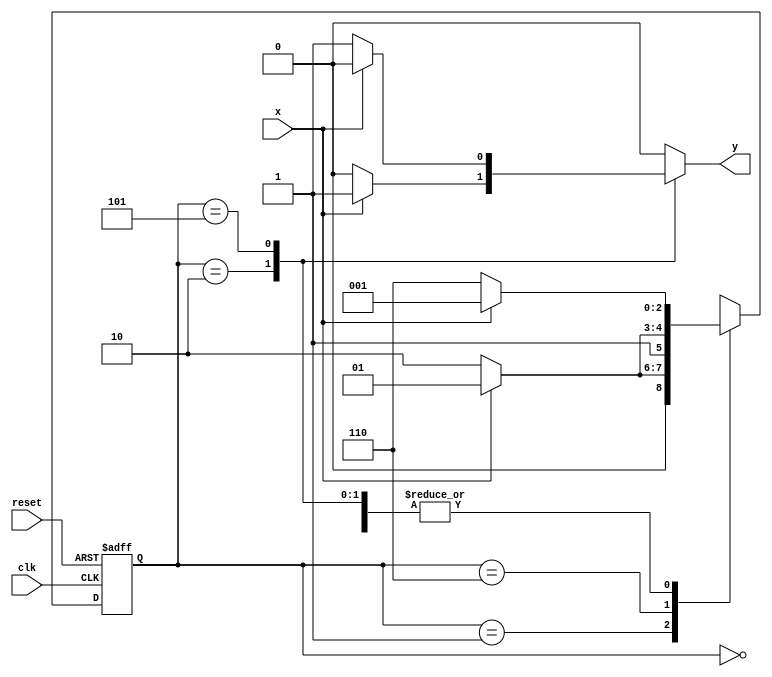
//----------------------------
// Nome: Silvino Henrique Santos de Souza
// Matrcula: 412773
//----------------------------


//----------------------------
//------ Guia 10 - 05---------
//----------------------------

// --------------------
// ----  101 ou 010 ---
// --------------------


// constant definitions
`define found    1
`define notfound 0

// FSM by Mealy
module exercicio05_seq101_010 ( y, x, clk, reset );

	output y;
	input  x;
	input  clk;
	input  reset;

	reg    y;

	parameter         // state identifiers 
		start  = 3'b000,
		id1    = 3'b001,
		id0    = 3'b110,
		id10   = 3'b010,
		id01   = 3'b101;

	reg [2:0] E1;	// current state variables
	reg [2:0] E2;	// next state logic output

	// next state logic
   always @( x or E1 )
		begin
		y = `notfound;

		case ( E1 )
			start:
				if ( x )
					E2 = id1;
				else
					E2 = id0;
				
			id1:
				if ( x )
					E2 = id1;
				else
					E2 = id10;

			id10:
				if ( x )
				begin
					E2 =  id1;
					y  = `found;
				end
				else
				begin
					E2 =  id0;
					y  = `notfound;
				end
			
			id0:
				if ( x )
					E2 = id01;
				else
					E2 = id0;

			id01:
				if ( x )
				begin
					E2 =  id1;
					y  = `notfound;
				end
				else
				begin
					E2 =  id0;
					y  = `found;
				end
	 
			default:   // undefined state
				E2 =  3'bxxx;
		endcase
	  
		end // always at signal or state changing
		

	// state variables
		always @( posedge clk or negedge reset )
		begin
			if ( reset )
				E1 = E2;    // updates current state
			else
				E1 = 0;     // reset
		end // always at signal changing

endmodule // exercicio05_seq101_010

module Exercicio05;
	
	reg   clk, reset, x;
	wire  m1;

	exercicio05_seq101_010 M4( m1, x, clk, reset );

	initial
	begin
		$display("Silvino Henrique Santos de Souza - 412773  - Guia 10");
		$display("\n Time\tX   Seq 101|010" );


	// initial values
       clk   = 1;
       reset = 0;
       x     = 0;

	// input signal changing
		#10   reset = 1;
		#10  x = 1;
		#10  x = 0;
		#10  x = 0;
		#10  x = 1;
		#10  x = 0;
		#10  x = 1;
		#10  x = 1;
		#10  x = 1;
		#10  x = 1;
		#10  x = 0;
		#10  x = 1;
		#10  x = 1;
		#10  x = 1;
		#10  x = 0;
		#10  x = 1;
		#10  x = 0;
		#10  x = 0;
		#10  x = 0;
		
		#5 $finish;
	
	end // initial

	always
		#5 clk = ~clk;

	always @( posedge clk )
	begin
		$display ( "%4d \t%b\t%b", $time, x, m1);
	end // always at positive edge clocking changing

endmodule